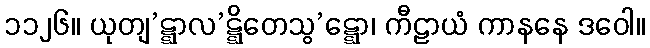
၁၁၂၆။ ယုတျ’ဋ္ဋာလ’ဋ္ဋိတေသွ’ဋ္ဋော၊ ကီဠာယံ ကာနနေ ဒဝေါ။